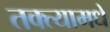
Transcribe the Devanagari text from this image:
तक्त्यामधे